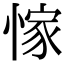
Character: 𢜿